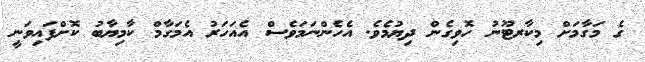
ގެ މަގާމަށް މިކާރޓޫނު ހޮވިގެން ދިޔުމެވެ. އެހެންނަމަވެސް އެއަހަރު އެމަގާމް ކާމިޔާބު ކޮށްފައިވަނީ